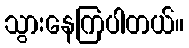
သွားနေကြပါတယ်။